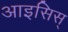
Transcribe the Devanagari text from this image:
आइसिस्